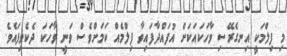
މި ފިލްމަކީ އިނގެރޭސި ވާހަކައަކަށް އުފައްދާފައިވާ ފިލްމެއް ކަމަށްވެސް ވަނީ ވާހަކަ ދެކެވިފައެވެ.